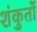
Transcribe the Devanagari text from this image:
शंकुतों